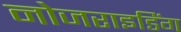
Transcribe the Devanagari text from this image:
नोजराइडिंग